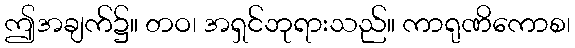
ဤအချက်၌။ တဝ၊ အရှင်ဘုရားသည်။ ကာရုဏိကောစ၊